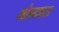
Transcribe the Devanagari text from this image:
भौमधारा